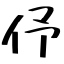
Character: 伃